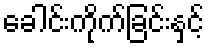
ခေါင်းကိုက်ခြင်းနှင့်